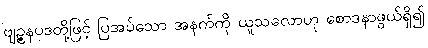
ဗျဉ္ဇနပဒတို့ဖြင့် ပြအပ်သော အနက်ကို ယူသလောဟု စောဒနာဖွယ်ရှိ၍